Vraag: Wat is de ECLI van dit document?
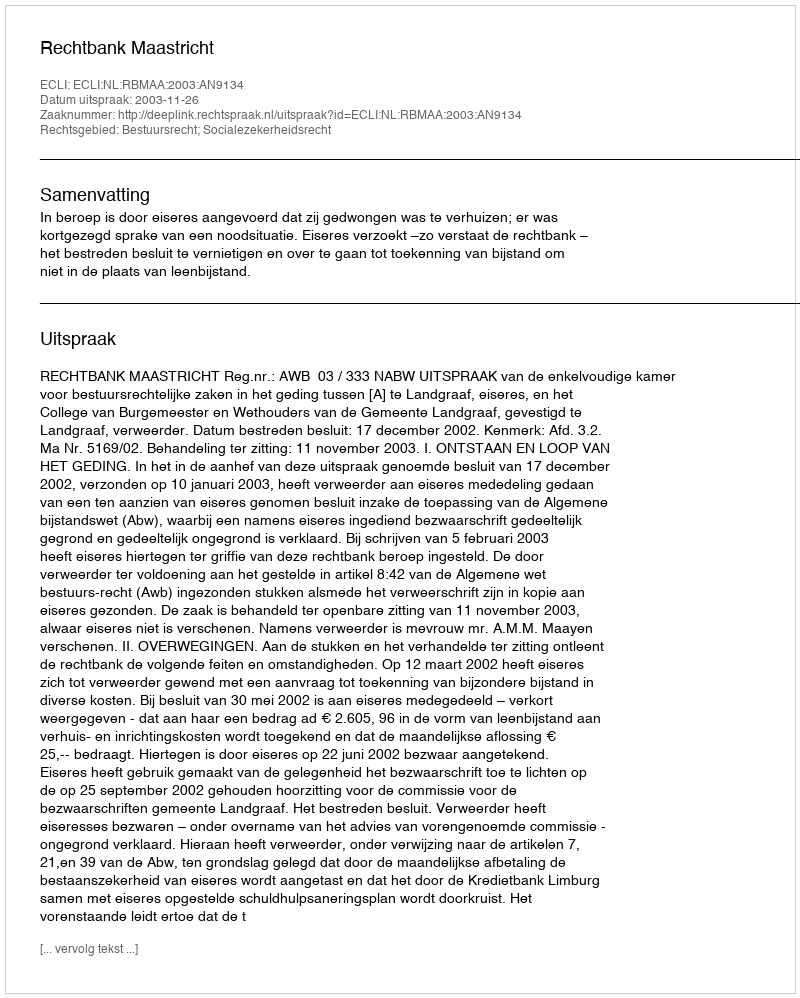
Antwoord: ECLI:NL:RBMAA:2003:AN9134